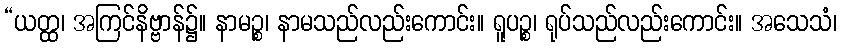
“ယတ္ထ၊ အကြင်နိဗ္ဗာန်၌။ နာမဉ္စ၊ နာမသည်လည်းကောင်း။ ရူပဉ္စ၊ ရုပ်သည်လည်းကောင်း။ အသေသံ၊